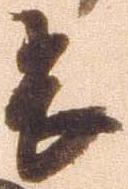
畏